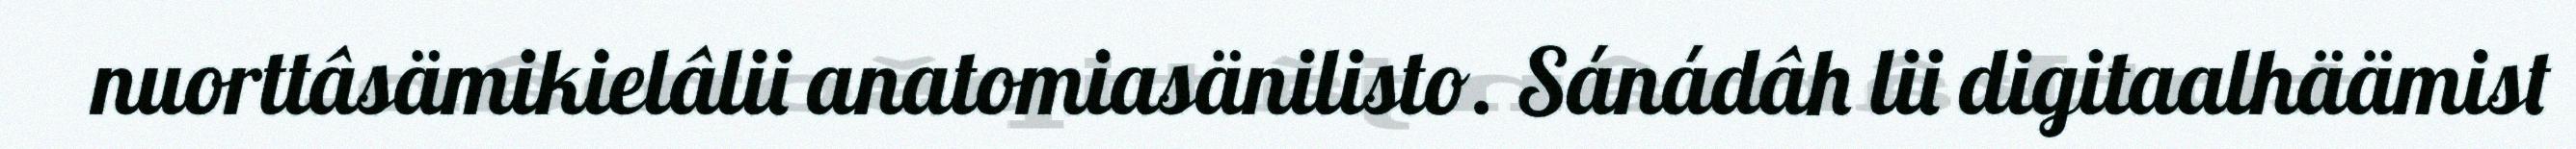
nuorttâsämikielâlii anatomiasänilisto. Sánádâh lii digitaalhäämist